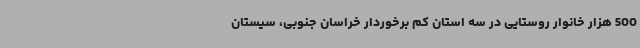
500 هزار خانوار روستایی در سه استان کم برخوردار خراسان جنوبی، سیستان